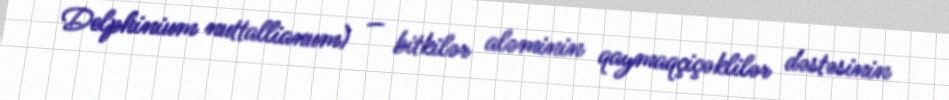
Delphinium nuttallianum) — bitkilər aləminin qaymaqçiçəklilər dəstəsinin